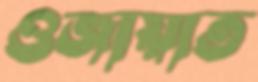
ওজায়াত